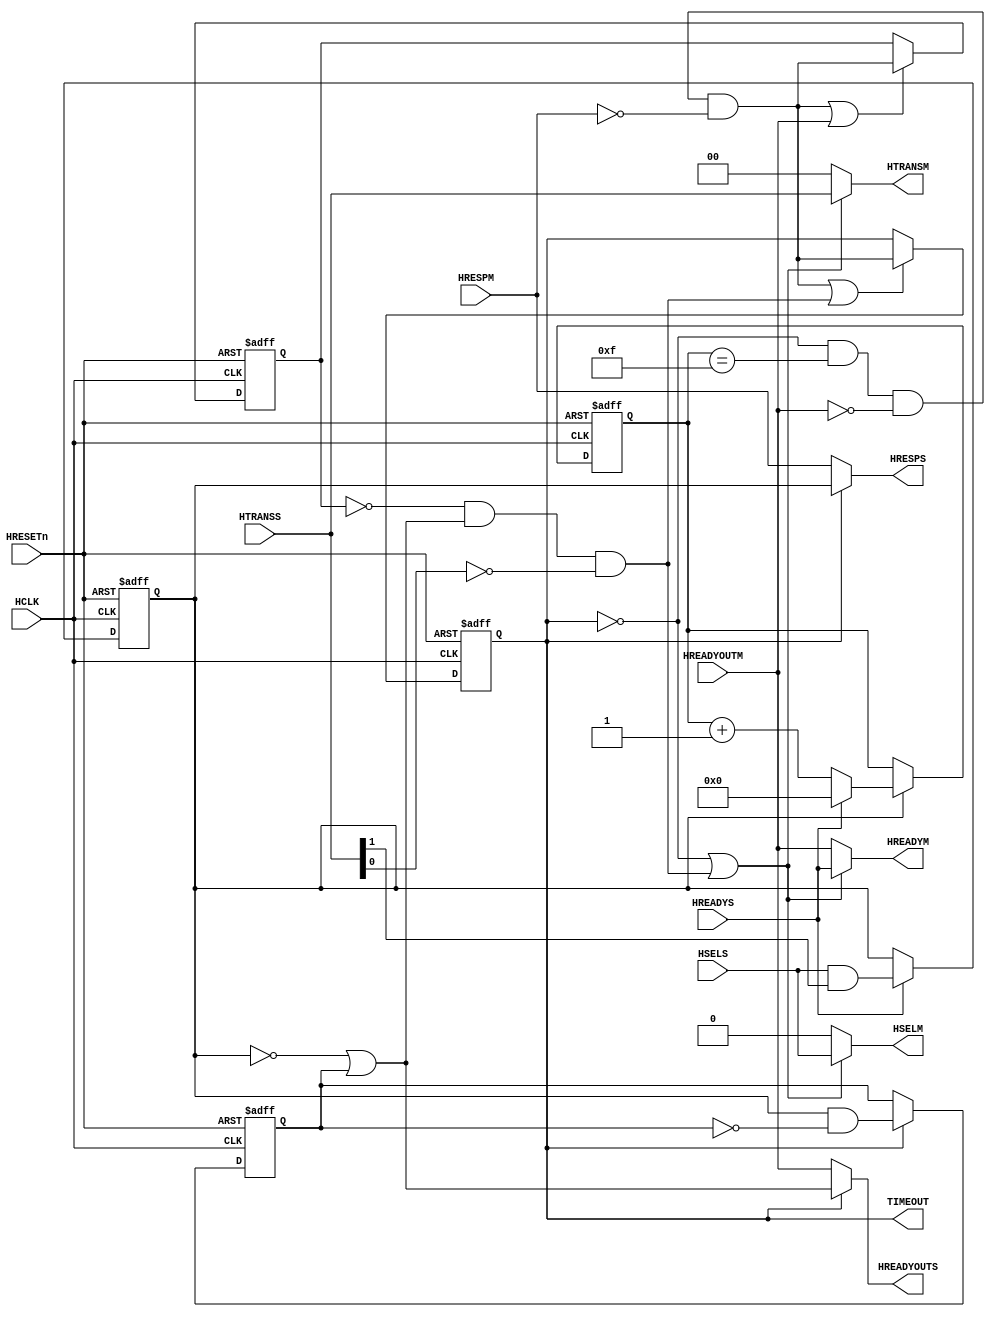
//-----------------------------------------------------------------------------
// The confidential and proprietary information contained in this file may
// only be used by a person authorised under and to the extent permitted
// by a subsisting licensing agreement from ARM Limited.
//
//            (C) COPYRIGHT 2010-2013 ARM Limited.
//                ALL RIGHTS RESERVED
//
// This entire notice must be reproduced on all copies of this file
// and copies of this file may only be made by a person if such person is
// permitted to do so under the terms of a subsisting license agreement
// from ARM Limited.
//
//      SVN Information
//
//      Checked In          : $Date: 2013-04-16 13:31:29 +0100 (Tue, 16 Apr 2013) $
//
//      Revision            : $Revision: 244163 $
//
//      Release Information : Cortex-M System Design Kit-r1p0-00rel0
//
//-----------------------------------------------------------------------------
//-----------------------------------------------------------------------------
// Abstract : AHB-Lite timeout monitor, used to monitor a slave's HREADYOUT
//            signal.
//            This component is transparent when there is no timeout.
//            After the HREADYOUT signal remains LOW for a pre-defined number
//            of cycles, the timeout monitor issues an error response to the
//            master initiating transfers and blocks transfers to the slave.
//-----------------------------------------------------------------------------

module cmsdk_ahb_timeout_mon #(

      // Number of wait state cycles to trigger the timeout.
      // Must be between 2 and 1024 inclusive.
      parameter TIME_OUT_VALUE = 16

   ) (

      // --------
      // Clock and reset

      input  wire        HCLK,
      input  wire        HRESETn,

      // --------
      // AHB-Lite slave interface

      input  wire        HSELS,
      input  wire [ 1:0] HTRANSS,
      input  wire        HREADYS,

      output wire        HREADYOUTS,
      output wire        HRESPS,

      // --------
      // AHB-Lite master interface

      output wire        HSELM,
      output wire [ 1:0] HTRANSM,
      output wire        HREADYM,

      input  wire        HREADYOUTM,
      input  wire        HRESPM,

      // --------
      // Status interface

      output wire        TIMEOUT // Timeout monitor is in the timeout state

   );

   //--------------------------------------------------------------------------
   // Local parameters
   //--------------------------------------------------------------------------

   localparam CNT_WIDTH = (TIME_OUT_VALUE <= 16 ) ?  4 :
                          (TIME_OUT_VALUE <= 32 ) ?  5 :
                          (TIME_OUT_VALUE <= 64 ) ?  6 :
                          (TIME_OUT_VALUE <= 128) ?  7 :
                          (TIME_OUT_VALUE <= 256) ?  8 :
                          (TIME_OUT_VALUE <= 512) ?  9 :
                                                    10;

   //--------------------------------------------------------------------------
   // Internal state
   //--------------------------------------------------------------------------

   reg                 s_dphase_q; // slave side data phase

   reg [CNT_WIDTH-1:0] tout_cnt_q; // wait state counter

   reg                 m_tout_q;   // master side timeout
   reg                 s_tout_q;   // slave  side timeout

   reg                 s_ec2_q;    // 2nd cycle of 2-cycle error response

   //--------------------------------------------------------------------------
   // Timeout counter and state machine
   //--------------------------------------------------------------------------

   // Slave interface is in the data phase of an NSEQ or SEQ transfer
   always @(posedge HCLK or negedge HRESETn)
      if (~HRESETn)
         s_dphase_q <= 1'b0;
      else if (HREADYS)
         s_dphase_q <= HSELS & HTRANSS[1];

   // --------
   // Timeout counter
   // Counts the number of wait states transfers incur

   wire tout_cnt_en = s_dphase_q;

   wire [CNT_WIDTH  :0] tout_cnt_plus1 = tout_cnt_q + 1'b1;
   wire [CNT_WIDTH-1:0] tout_cnt_nxt   = HREADYS ? {CNT_WIDTH{1'b0}} : tout_cnt_plus1[CNT_WIDTH-1:0];

   always @(posedge HCLK or negedge HRESETn)
      if (~HRESETn)
         tout_cnt_q <= {CNT_WIDTH{1'b0}};
      else if (tout_cnt_en)
         tout_cnt_q <= tout_cnt_nxt;

   // --------
   // Timeout state
   // Uses two bits of state, m_tout_q and s_tout_q, in order to transition out of timeout state correctly.
   // {s_tout_q, m_tout_q} | meaning
   //                2'b00 | not in timeout state
   //                2'b11 | in timeout state and transfer that timed out still ongoing
   //                2'b10 | in timeout state and transfer that timed out complete
   // Both get set at the same time when the counter has reached the timeout value.
   // m_tout_q gets cleared as soon as the transfer that timed out has completed on the master side.
   // s_tout_q gets cleared when it is OK for the timeout monitor to become transparent again.

   wire [CNT_WIDTH-1:0] time_out_value_minus1 = TIME_OUT_VALUE[CNT_WIDTH-1:0] - 1'b1;
   wire tout_cnt_max = tout_cnt_q == time_out_value_minus1;
   // Don't go into the timeout state if:
   //  . HREADYOUTM is HIGH (transfer complete) OR
   //  . HRESP is HIGH (transfer complete next cycle)
   wire tout_set = ~s_tout_q & tout_cnt_max & ~HREADYOUTM & ~HRESPM;

   wire m_tout_clr = HREADYOUTM;

   // During timeout, HREADYOUTS is HIGH if not in a data phase or if in the 2nd cycle of an error response
   wire hreadyouts_tout = ~s_dphase_q | s_ec2_q;

   // Become transparent again only when:
   //  . the transfer that timed out has completed on the master side AND
   //  . the component is either not processing a slave transfer or in the last cycle of processing one AND
   //  . the connected master is not in the middle of a burst (HTRANSS BUSY OR SEQ)
   wire s_tout_clr = ~m_tout_q & hreadyouts_tout & ~HTRANSS[0];

   always @(posedge HCLK or negedge HRESETn)
      if (~HRESETn)
         m_tout_q <= 1'b0;
      else if (tout_set | m_tout_clr)
         m_tout_q <= tout_set;

   always @(posedge HCLK or negedge HRESETn)
      if (~HRESETn)
         s_tout_q <= 1'b0;
      else if (tout_set | s_tout_clr)
         s_tout_q <= tout_set;

   //--------------------------------------------------------------------------
   // Error response generation
   //--------------------------------------------------------------------------

   // 2nd cycle of 2-cycle error response
   always @(posedge HCLK or negedge HRESETn)
      if (~HRESETn)
         s_ec2_q <= 1'b0;
      else if (s_tout_q)
         s_ec2_q <= s_dphase_q & ~s_ec2_q;

   //--------------------------------------------------------------------------
   // Outputs generation
   //--------------------------------------------------------------------------

   assign TIMEOUT = s_tout_q;

   // Mask master side outputs during timeout state but be transparent if getting out of timeout state
   wire m_from_s = ~s_tout_q | s_tout_clr;

   assign HSELM   = m_from_s ? HSELS   :       1'b0;
   assign HTRANSM = m_from_s ? HTRANSS :      2'b00;
   assign HREADYM = m_from_s ? HREADYS : HREADYOUTM;

   // Generated timeout error responses to transfers while in timeout state
   wire s_from_m = ~s_tout_q;

   assign HREADYOUTS = s_from_m ? HREADYOUTM : hreadyouts_tout;
   assign HRESPS     = s_from_m ? HRESPM     :      s_dphase_q;

   //--------------------------------------------------------------------------
   // Module logic end
   //--------------------------------------------------------------------------

   //--------------------------------------------------------------------------
   // Assertions
   //--------------------------------------------------------------------------

`ifdef ARM_AHB_ASSERT_ON

   `include "std_ovl_defines.h"

   wire [1:0] asrt_tout_st = {s_tout_q, m_tout_q};
   reg  [1:0] asrt_tout_st_reg; always @(posedge HCLK) asrt_tout_st_reg <= asrt_tout_st;

   assert_implication #( `OVL_ERROR, `OVL_ASSERT,
      "Timeout state transition must be legal"
   ) u_ovl_timeout_state_transition (
      .clk             ( HCLK                                                                                      ),
      .reset_n         ( HRESETn                                                                                   ),
      .antecedent_expr ( 1'b1                                                                                      ),
      .consequent_expr ( ( (asrt_tout_st_reg == 2'b00) & ( (asrt_tout_st == 2'b00) | (asrt_tout_st == 2'b11) ) ) |
                         ( (asrt_tout_st_reg == 2'b11) & ( (asrt_tout_st == 2'b11) | (asrt_tout_st == 2'b10) ) ) |
                         ( (asrt_tout_st_reg == 2'b10) & ( (asrt_tout_st == 2'b10) | (asrt_tout_st == 2'b00) ) )   )
   );

   // The timeout monitor is transparent when not in the timeout state
   assert_implication #( `OVL_ERROR, `OVL_ASSERT,
      "Timeout monitor must be transparent when not in timeout state"
   ) u_ovl_transparent_outside_timeout (
      .clk             ( HCLK                         ),
      .reset_n         ( HRESETn                      ),
      .antecedent_expr ( ~TIMEOUT                     ),
      .consequent_expr ( (HSELS      == HSELM     ) &
                         (HTRANSS    == HTRANSM   ) &
                         (HREADYS    == HREADYM   ) &
                         (HREADYOUTS == HREADYOUTM) &
                         (HRESPS     == HRESPM    )   )
   );

   // When in the timeout state, the timeout monitor must respond to slave NSEQ and SEQ transfers with an error response
   // (unless it's coming out of timeout state)
   assert_next #( `OVL_ERROR, 1, 1, 0, `OVL_ASSERT,
      "In timeout state, timeout monitor must respond to transfers with error response"
   ) u_ovl_ahb_timeout_err_resp (
      .clk         ( HCLK                                   ),
      .reset_n     ( HRESETn                                ),
      .start_event ( TIMEOUT & HSELS & HTRANSS[1] & HREADYS ),
      .test_expr   ( HRESPS | ~TIMEOUT                      )
   );

   // The counter value cannot reach or exceed the timeout value unless in timeout state
   // (Unless the first cycle of an error response was detected on the previous cycle,
   // in which case it can reach the timeout value )
   assert_implication #( `OVL_ERROR, `OVL_ASSERT,
      "Counter value must be less than timeout value when not in timeout state"
   ) u_ovl_tout_cnt_q_less_than_timeout_val (
      .clk             ( HCLK                                                            ),
      .reset_n         ( HRESETn                                                         ),
      .antecedent_expr ( ~TIMEOUT                                                        ),
      .consequent_expr ( (tout_cnt_q < TIME_OUT_VALUE) | (s_dphase_q & HREADYS & HRESPS) )
   );

   // The counter value cannot reach or exceed the timeout value unless in timeout state
   // (Unless the first cycle of an error response was detected on the previous cycle,
   // in which case it can reach the timeout value )
   assert_implication #( `OVL_ERROR, `OVL_ASSERT,
      "Counter value must be less than timeout value when not in timeout state"
   ) u_ovl_tout_cnt_q_less_than_timeout_val_plus_one (
      .clk             ( HCLK                           ),
      .reset_n         ( HRESETn                        ),
      .antecedent_expr ( ~TIMEOUT                       ),
      .consequent_expr ( (tout_cnt_q <= TIME_OUT_VALUE) )
   );

   // Timeout value parameter range check
   assert_implication #( `OVL_ERROR, `OVL_ASSERT,
      "TIME_OUT_VALUE parameter value must be >=2 and <=1024"
   ) u_ovl_timeout_val_param (
      .clk             ( HCLK                                             ),
      .reset_n         ( HRESETn                                          ),
      .antecedent_expr ( 1'b1                                             ),
      .consequent_expr ( (TIME_OUT_VALUE >= 2) & (TIME_OUT_VALUE <= 1024) )
   );

`endif

endmodule